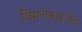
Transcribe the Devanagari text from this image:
जिमनोफाइओना